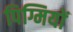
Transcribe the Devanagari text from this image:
पिग्मियों